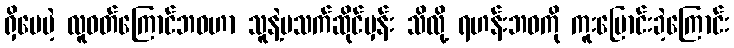
ရှိပေမဲ့ လူဝတ်ကြောင်ဘဝဟာ သူနဲ့မသက်ဆိုင်မှန်း သိလို့ ရဟန်းဘဝကို ကူးပြောင်းခဲ့ကြောင်း